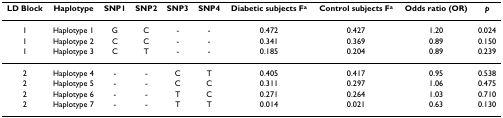
| LD Block | Haplotype | SNP1 | SNP2 | SNP3 | SNP4 | Diabetic subjects Fa | Control subjects Fa | Odds ratio (OR) | p |
 | --- | --- | --- | --- | --- | --- | --- | --- | --- | --- |
 | 1 | Haplotype 1 | G | C | - | - | 0.472 | 0.427 | 1.20 | 0.024 |
 | 1 | Haplotype 2 | C | C | - | - | 0.341 | 0.369 | 0.89 | 0.150 |
 | 1 | Haplotype 3 | C | T | - | - | 0.185 | 0.204 | 0.89 | 0.239 |
 | 2 | Haplotype 4 | - | - | C | T | 0.405 | 0.417 | 0.95 | 0.538 |
 | 2 | Haplotype 5 | - | - | C | C | 0.311 | 0.297 | 1.06 | 0.475 |
 | 2 | Haplotype 6 | - | - | T | C | 0.271 | 0.264 | 1.03 | 0.710 |
 | 2 | Haplotype 7 | - | - | T | T | 0.014 | 0.021 | 0.63 | 0.130 |